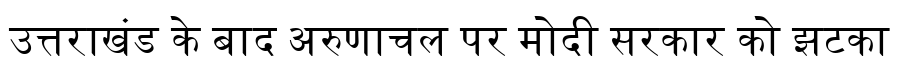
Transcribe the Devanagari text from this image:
उत्तराखंड के बाद अरुणाचल पर मोदी सरकार को झटका